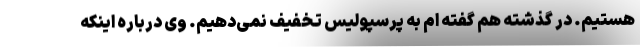
هستیم. در گذشته هم گفته ام به پرسپولیس تخفیف نمی‌دهیم. وی درباره اینکه